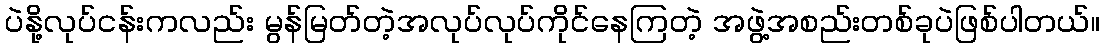
ပဲနို့လုပ်ငန်းကလည်း မွန်မြတ်တဲ့အလုပ်လုပ်ကိုင်နေကြတဲ့ အဖွဲ့အစည်းတစ်ခုပဲဖြစ်ပါတယ်။